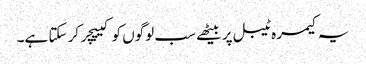
یہ کیمرہ ٹیبل پر بیٹھے سب لوگوں کو کیپچر کر سکتا ہے۔